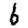
Digit: 6